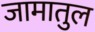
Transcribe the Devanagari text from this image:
जामातुल